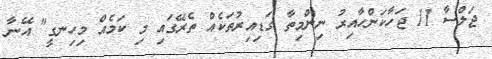
ޖަލްސާ 11 ޖަހާކަންހާއިރު ނިންމިތާ ގަޑިއިރުތަކެއް ތެރޭގައި މި ކަމެއް މިހިނގީ" އޭނާ